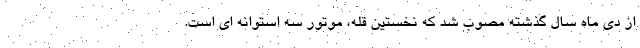
از دی ماه سال گذشته مصوب شد که نخستین قله، موتور سه استوانه ای است.